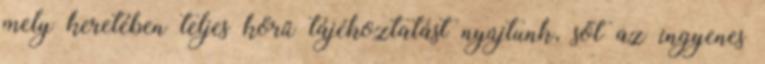
mely keretében teljes körű tájékoztatást nyújtunk, sőt az ingyenes